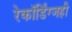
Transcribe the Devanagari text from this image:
रेकॉर्डिंग्जही